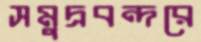
সমুদ্রবন্দরে